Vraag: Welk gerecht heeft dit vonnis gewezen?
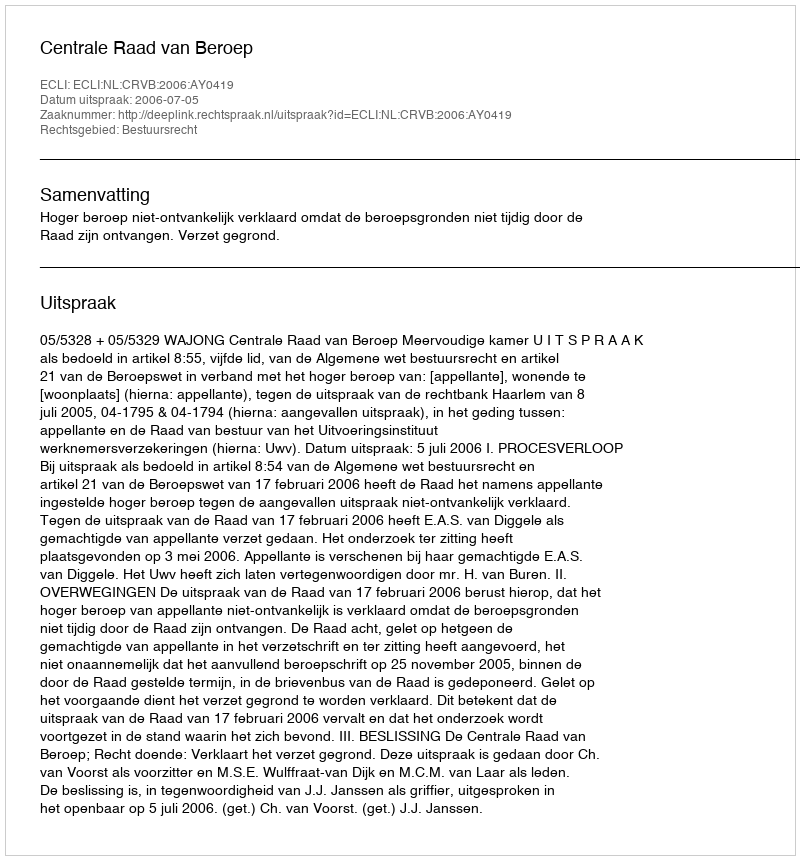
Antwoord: Centrale Raad van Beroep